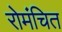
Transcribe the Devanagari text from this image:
रोमंचित